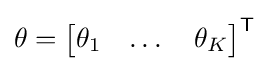
\theta ={\begin{bmatrix}\theta _{1}&\dots &\theta _{K}\end{bmatrix}}^{\textsf {T}}